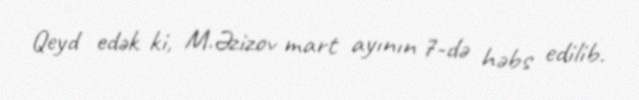
Qeyd edək ki, M.Əzizov mart ayının 7-də həbs edilib.